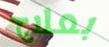
بعلاج